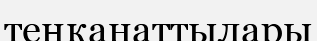
теңқанаттылары